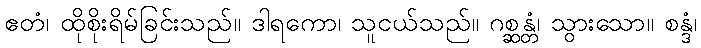
ဧတံ၊ ထိုစိုးရိမ်ခြင်းသည်။ ဒါရကော၊ သူငယ်သည်။ ဂစ္ဆန္တံ၊ သွားသော။ စန္ဒံ၊